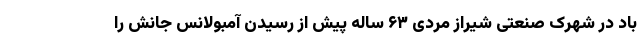
باد در شهرک صنعتی شیراز مردی ۶۳ ساله پیش از رسیدن آمبولانس جانش را